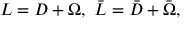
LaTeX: { \cal L } = D + \Omega , \, \, \bar { \cal L } = \bar { D } + \bar { \Omega } ,